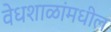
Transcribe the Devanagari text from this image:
वेधशाळांमधील